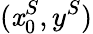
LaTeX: (\mathit{x}_{0}^{S},y^{S})